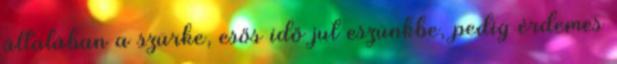
általában a szürke, esős idő jut eszünkbe, pedig érdemes